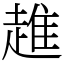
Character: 趡